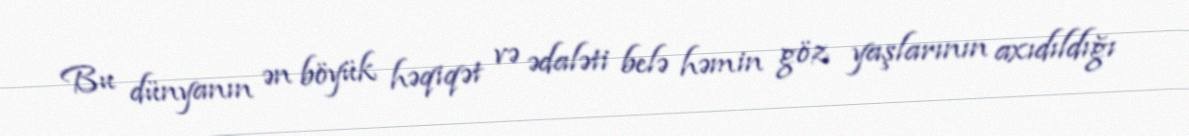
Bu dünyanın ən böyük həqiqət və ədaləti belə həmin göz yaşlarının axıdıldığı